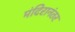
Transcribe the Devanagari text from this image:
मंदिरानंतर